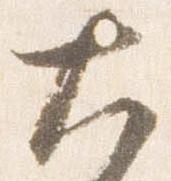
大